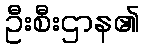
ဦးစီးဌာန၏